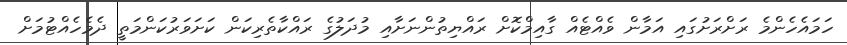
ހަމައެހެންމެ ރަށްރަށުގައި އަމާން ވެއްޓެއް ގާއިމްކޮށް ރައްޔިތުންނަށާއި މުދަލުގެ ރައްކާތެރިކަން ކަށަވަރުކަންމަތީ ދެމެހެއްޓުމަށް